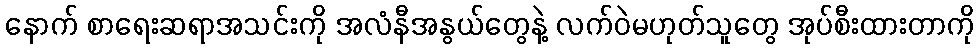
နောက် စာရေးဆရာအသင်းကို အလံနီအနွယ်တွေနဲ့ လက်ဝဲမဟုတ်သူတွေ အုပ်စီးထားတာကို